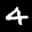
Label: 4